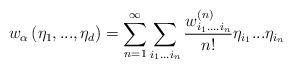
LaTeX: \begin{align*} {w_\alpha }\left( {{\eta _1},...,{\eta _d}} \right) = \mathop \sum \limits_{n = 1}^\infty \mathop \sum \limits_{{i_1}...{i_n}} \frac{w_{{i_1}....{i_n}}^{\left( n \right)}}{{n!}}{\eta_{{i_1}}}... {\eta _{{i_n}}}\end{align*}